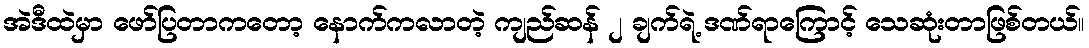
အဲဒီထဲမှာ ဖော်ပြတာကတော့ နောက်ကလာတဲ့ ကျည်ဆန် ၂ ချက်ရဲ့ ဒဏ်ရာကြောင့် သေဆုံးတာဖြစ်တယ်။